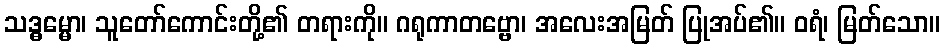
သဒ္ဓမ္မော၊ သူတော်ကောင်းတို့၏ တရားကို။ ဂရုကာတဗ္ဗော၊ အလေးအမြတ် ပြုအပ်၏။ ဝရံ၊ မြတ်သော။